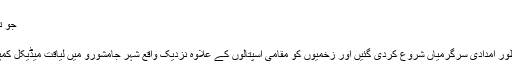
بقو ل فیض احمد فیض
جو ترے عارضِ بے رنگ کو گلنار کرے
کتنی آہوں سے کلیجہ ترا ٹھنڈا ہو گا
اس افسوسناک واقعے کے بعد فوری طور امدادی سرگرمیاں شروع کردی گئیں اور زخمیوں کو مقامی اسپتالوں کے علاوہ نزدیک واقع شہر جامشورو میں لیاقت میڈیکل کمپلیکس میں بھی منتقل کیا جا تارہا ہے۔